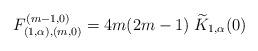
LaTeX: \begin{align*}F^{(m-1,0)}_{(1,\alpha),(m,0)}=4m(2m-1)\;\widetilde{K}_{1,\alpha}(0)\end{align*}